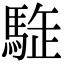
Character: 𩣜